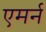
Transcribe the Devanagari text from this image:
एमर्न